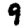
Digit: 9